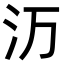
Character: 𬇕